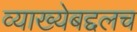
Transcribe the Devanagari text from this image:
व्याख्येबद्दलच